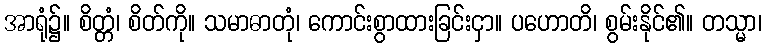
အာရုံ၌။ စိတ္တံ၊ စိတ်ကို။ သမာဓာတုံ၊ ကောင်းစွာထားခြင်းငှာ။ ပဟောတိ၊ စွမ်းနိုင်၏။ တသ္မာ၊